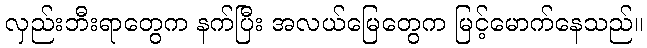
လှည်းဘီးရာတွေက နက်ပြီး အလယ်မြေတွေက မြင့်မောက်နေသည်။